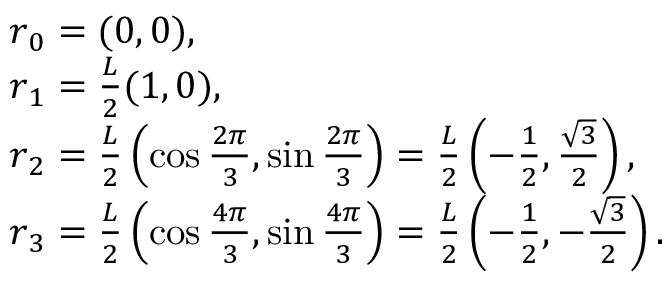
\begin{array} { r l } & { { \boldsymbol r } _ { 0 } = ( 0 , 0 ) , } \\ & { { \boldsymbol r } _ { 1 } = \frac L 2 ( 1 , 0 ) , } \\ & { { \boldsymbol r } _ { 2 } = \frac L 2 \left( \cos \frac { 2 \pi } { 3 } , \sin \frac { 2 \pi } { 3 } \right) = \frac L 2 \left( - \frac 1 2 , \frac { \sqrt 3 } 2 \right) , } \\ & { { \boldsymbol r } _ { 3 } = \frac L 2 \left( \cos \frac { 4 \pi } { 3 } , \sin \frac { 4 \pi } { 3 } \right) = \frac L 2 \left( - \frac 1 2 , - \frac { \sqrt 3 } 2 \right) . } \end{array}